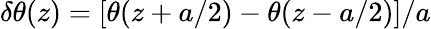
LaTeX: \delta\theta(z)=[\theta(z+a/2)-\theta(z-a/2)]/a